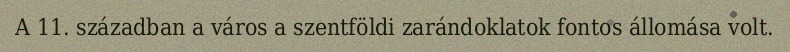
A 11. században a város a szentföldi zarándoklatok fontos állomása volt.